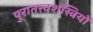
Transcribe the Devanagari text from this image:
पुरातत्त्वशस्त्रियों